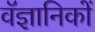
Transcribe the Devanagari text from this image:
वॅज्ञानिकों